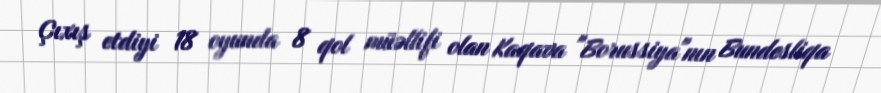
Çıxış etdiyi 18 oyunda 8 qol müəllifi olan Kaqava "Borussiya"nın Bundesliqa